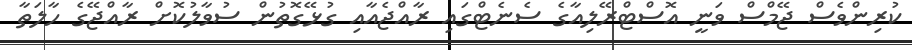
ކުރިންވެސް ޖޭމްސް ވަނީ އޮސްޓްރޭލިއާގެ ސެނެޓްގައި ރާއްޖެއާއި ގުޅޭގޮތުން ސުވާލުކޮށް ރާއްޖޭގެ ހާލަތާ